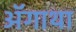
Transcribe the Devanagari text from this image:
ॲगाथा